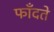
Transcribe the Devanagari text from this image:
फाँदते